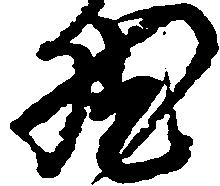
然